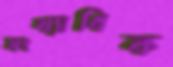
সংখ্যাধিক